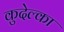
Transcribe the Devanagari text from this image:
कुदेल्का